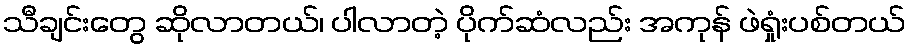
သီချင်းတွေ ဆိုလာတယ်၊ ပါလာတဲ့ ပိုက်ဆံလည်း အကုန် ဖဲရှုံးပစ်တယ်